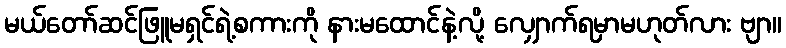
မယ်တော်ဆင်ဖြူမရှင်ရဲ့စကားကို နားမထောင်နဲ့လို့ လျှောက်ရမှာမဟုတ်လား ဗျာ။